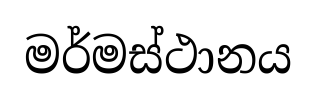
මර්මස්ථානය